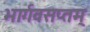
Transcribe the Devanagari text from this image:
भार्गवसप्तम्